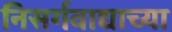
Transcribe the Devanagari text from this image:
निसर्गवाद्याच्या